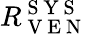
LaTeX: R_{\mathrm{~V~E~N~}}^{\mathrm{~S~Y~S~}}